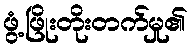
ဖွံ့ဖြိုးတိုးတက်မှု၏